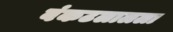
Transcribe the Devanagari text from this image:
बंकटलालला